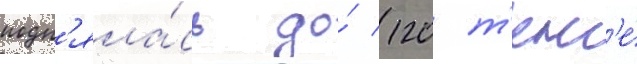
подн'яла́сь до́ 120 т'енг'е́